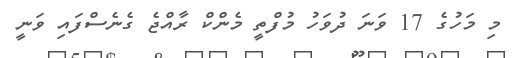
މި މަހުގެ 17 ވަނަ ދުވަހު މުފްތީ މެންކް ރާއްޖެ ގެނެސްފައި ވަނީ